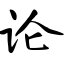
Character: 论